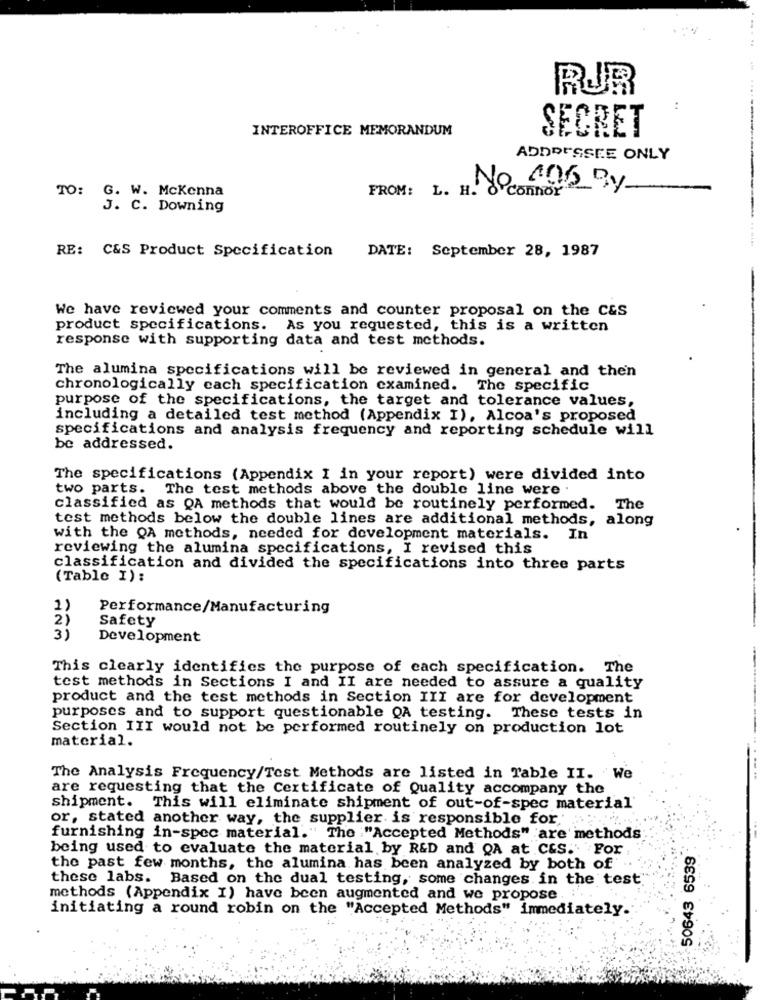
RUR
:
INTEROFFICE MEMORANDUM
SECRET
ADDRESSEE ONLY
TO: G. W. Mckenna
No 106 By
connor
J. C. Downing
RE: C&S Product Specification
DATE: September 28, 1987
We have reviewed your comments and counter proposal on the C&S
product specifications. As you requested, this is a written
response with supporting data and test methods.
The alumina specifications will be reviewed in general and then
chronologically cach specification examined. The specific
purpose of the specifications, the target and tolerance values,
including a detailed test method (Appendix I), Alcoa's proposed
specifications and analysis frequency and reporting schedule will
be addressed.
The specifications (Appendix I in your report) were divided into
two parts. The test methods above the double line were
classified as QA methods that would be routinely performed.
The
test methods below the double lines are additional methods, along
with the QA methods, needed for development materials. In
reviewing the alumina specifications, I revised this
classification and divided the specifications into three parts
(Table I):
1)
Performance/Manufacturing
2)
Safety
3)
Development
This clearly identifies the purpose of cach specification. The
test methods in Sections I and II are needed to assure a quality
product and the test methods in Section III are for development
purposes and to support questionable QA testing. These tests in
Section III would not be performed routinely on production lot
material.
The Analysis Frequency/Test Methods are listed in Table II. We
are requesting that the Certificate of Quality accompany the
shipment. This will eliminate shipment of out-of-spec material'
or, stated another way, the supplier is responsible for .
furnishing in-spec material." The "Accepted Methods" are methods
being used to evaluate the material by R&D and QA at C&S. For
50643 6539
the past few months, the alumina has been analyzed by both of
these labs. Based on the dual testing, some changes in the test
methods (Appendix I) have been augmented and we propose . ..
initiating a round robin on the "Accepted Methods" immediately.